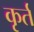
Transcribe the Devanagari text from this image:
कृर्त